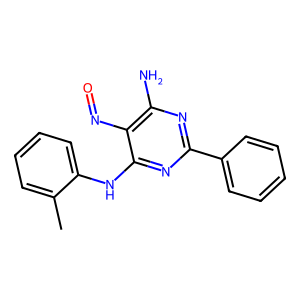
SMILES: Cc1ccccc1Nc1nc(-c2ccccc2)nc(N)c1N=O
Inhibits HIV replication: No